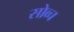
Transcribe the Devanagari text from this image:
सोव्च